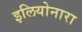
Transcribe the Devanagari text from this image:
इलियोनारा